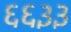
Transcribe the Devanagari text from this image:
६६३३